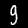
Label: 9